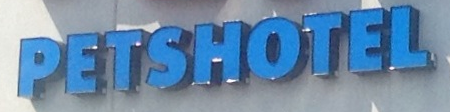
PETSHOTEL